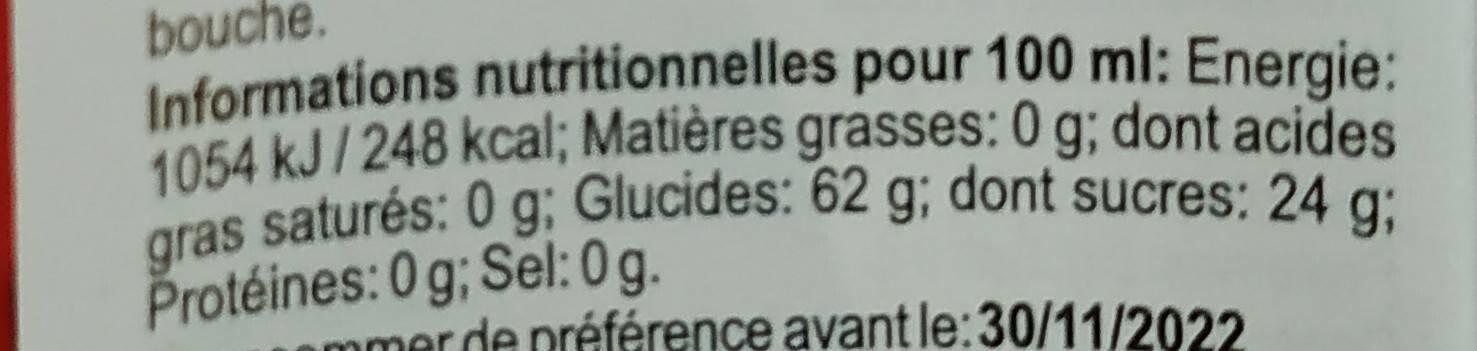
bouche.
Informations nutritionnelles pour 100 ml: Energie: 1054 kJ/248 kcal; Matières grasses: 0 g; dont acides gras saturés: 0 g; Glucides: 62 g; dont sucres: 24 g;
Protéines: 0 g; Sel:
0g.
emmer de préférence avant le:30/11/2022